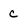
Character: c